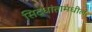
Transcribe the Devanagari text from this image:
सिद्धांतामधील